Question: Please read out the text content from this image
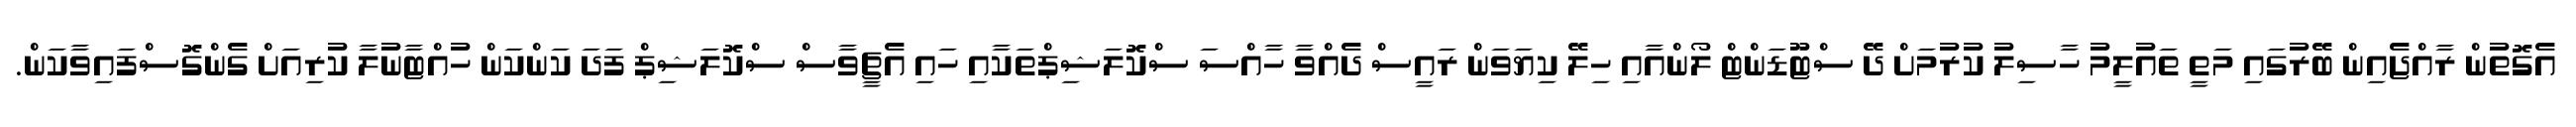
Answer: އެގޮތުން ރާއްޖެއިން ބޭރުގައި މަތީ ތައުލީމު ހާސިލު ކުރުމަށް ދޭ ސްޓޫޑަންޓް ލޯންއާއި ހިލޭ ކިޔަވަން ރައީސް ދެއްވާ ހާއްސަ ސްކޮލަޝިޕްތަކާއި ހައި އެޗީވާސް ސްކޮލަޝިޕް ފަދަ ކަންކަން ހުއްޓާނުލާ ކުރިއަށް ގެންގޮސްފައިވާކަން.